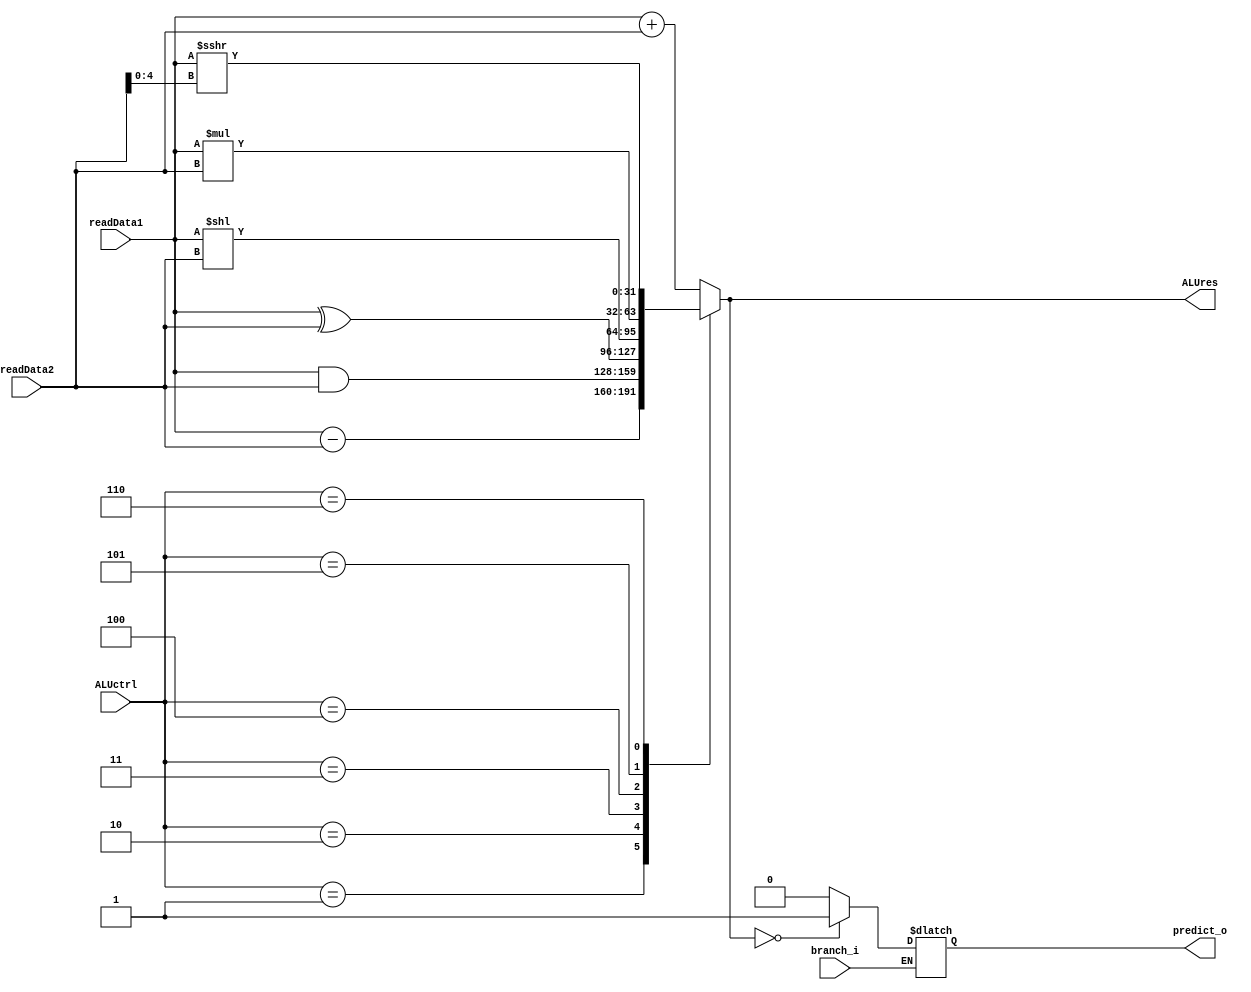
module ALU
(
  input                   branch_i,
  input [2:0]             ALUctrl,
  input signed [31:0]     readData1,
  input signed [31:0]     readData2,
  output reg [31:0]       ALUres,
  output reg              predict_o
);
reg [31:0] data_o;
//add 000, sub 001, and 010, xor 011, sll 100, mul 101, srai 110, addi 111

always @(*) begin
  case(ALUctrl)
    3'b000: ALUres = readData1 + readData2;
    3'b001: ALUres = readData1 - readData2;
    3'b010: ALUres = readData1 & readData2;
    3'b011: ALUres = readData1 ^ readData2;
    3'b100: ALUres = readData1 << readData2;
    3'b101: ALUres = readData1 * readData2;
    3'b110: ALUres = readData1 >>> readData2[4:0];
    3'b111: ALUres = readData1 + readData2;
    default: ALUres = 32'b0;
  endcase
  data_o = ALUres; 
  if (branch_i) begin
    if (ALUres == 32'b0) begin
      predict_o = 1;
    end else begin
      predict_o = 0;
    end
  end
end

endmodule